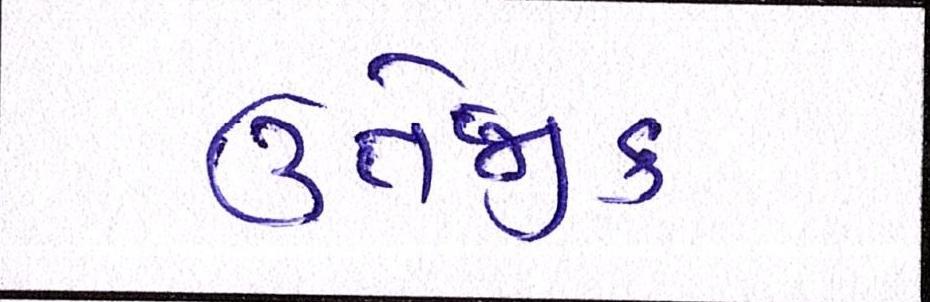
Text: ઉત્તેજક